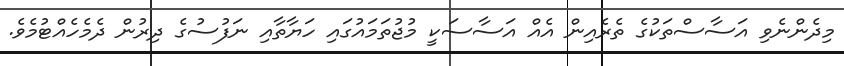
މިދެންނެވި އަސާސްތަކުގެ ތެރެއިން އެއް އަސާސަކީ މުޖުތަމައުގައި ހަޔާތާއި ނަފުސުގެ ދިރުން ދެމެހެއްޓުމެވެ.